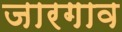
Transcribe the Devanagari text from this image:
जारगाव